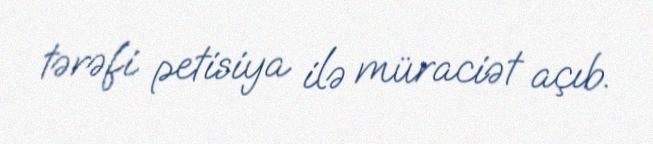
tərəfi petisiya ilə müraciət açıb.